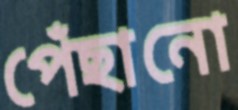
পেঁছানো